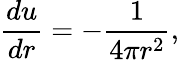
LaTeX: {\frac{du}{dr}}=-{\frac{1}{4\pi r^{2}}},